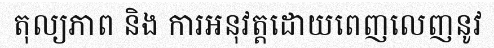
តុល្យភាព និង ការអនុវត្តដោយពេញលេញនូវ